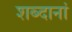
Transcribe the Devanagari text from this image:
शब्दानां